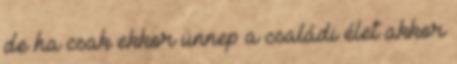
de ha csak ekkor ünnep a családi élet akkor